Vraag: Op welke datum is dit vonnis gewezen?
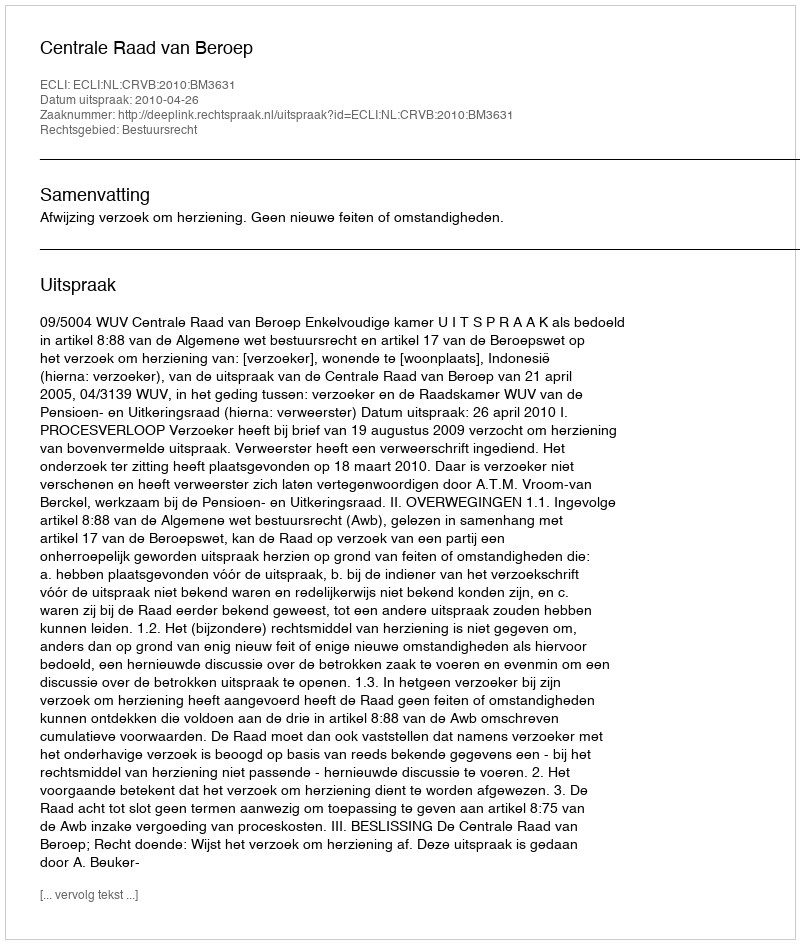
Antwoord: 2010-04-26